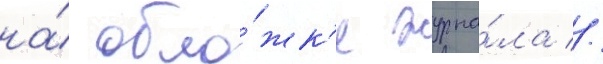
на́ обло́жк'е журна́ла //